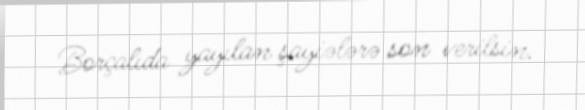
Borçalıda yayılan şayiələrə son verilsin.